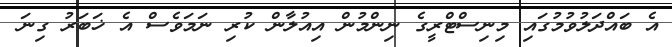
އެ ބައްދަލުވުމުގައި މިނިސްޓްރީގެ ނިންމުން އިއުލާން ކުރި ނަމަވެސް އެ ޚަބަރު ގިނަ